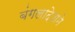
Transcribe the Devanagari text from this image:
बंगलादेशमे